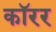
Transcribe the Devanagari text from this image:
कॉरर